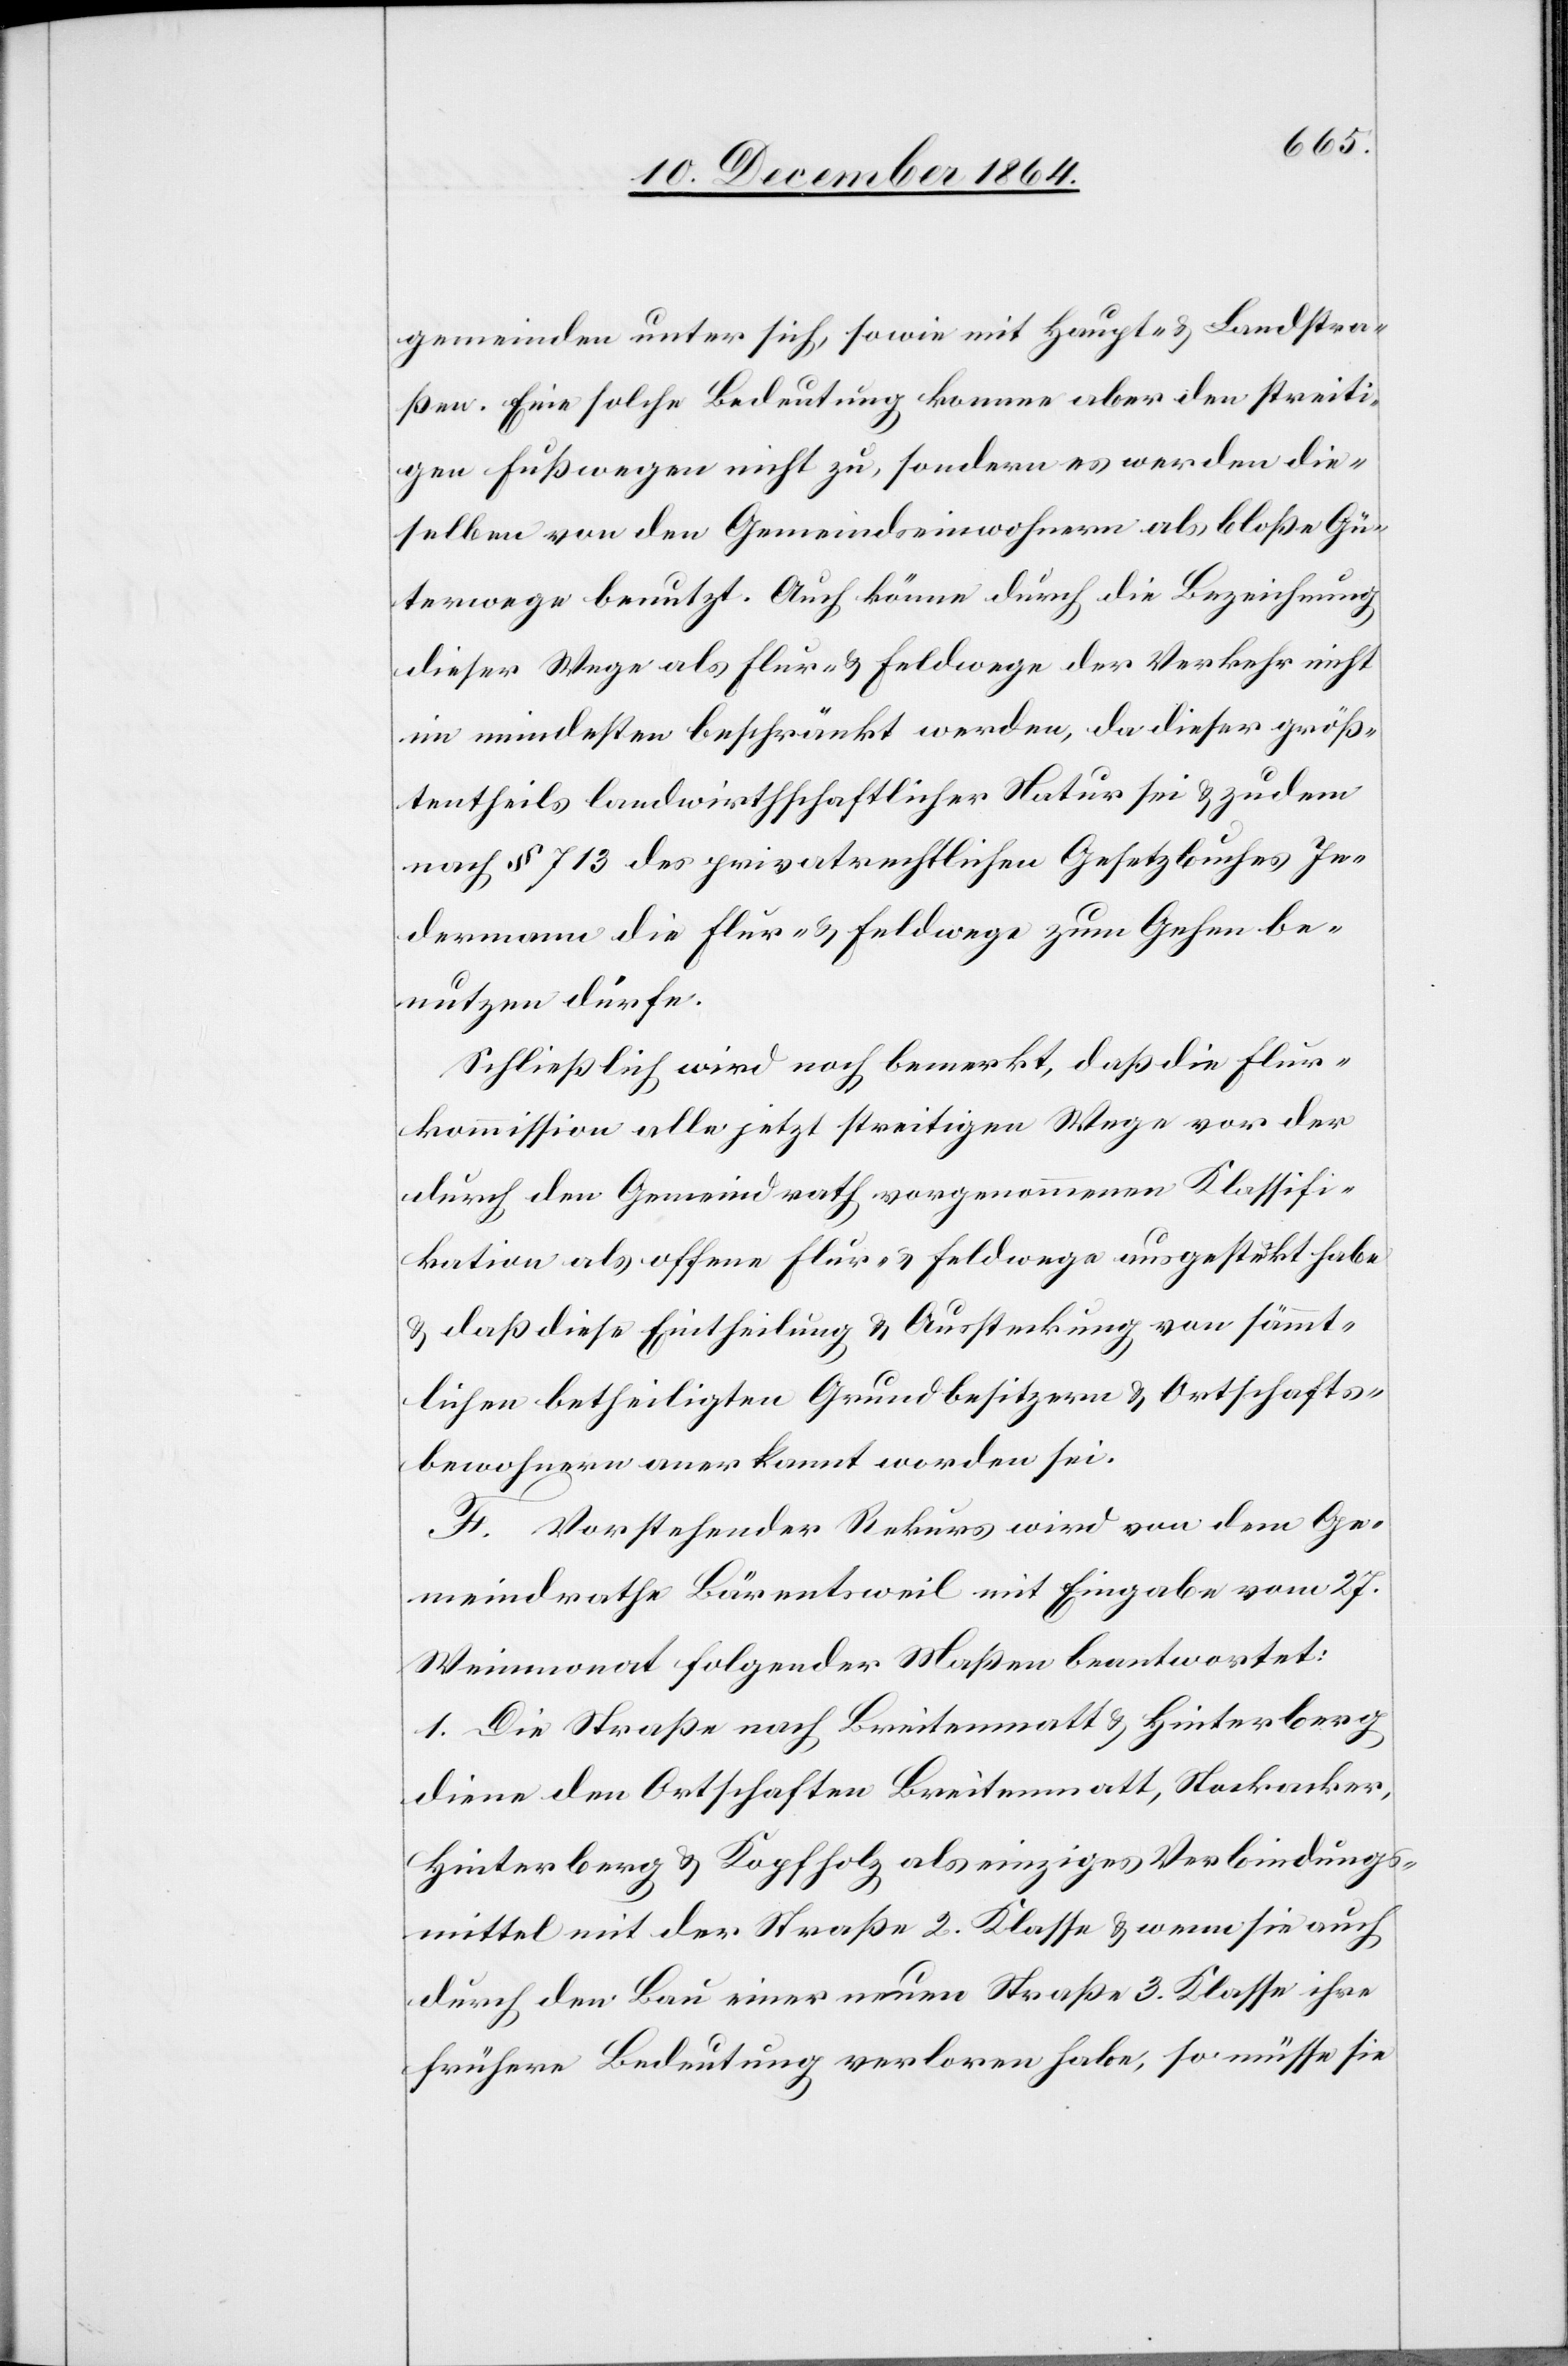
gemeinden unter sich, sowie mit Haupt- & Landstra¬
ßen. Eine solche Bedeutung komme aber den streiti¬
gen Fußwegen nicht zu, sondern es werden die¬
selben von den Gemeindseinwohnern als bloße Gü¬
terwege benutzt. Auch könne durch die Bezeichnung
dieser Wege als Flur- & Feldwege der Verkehr nicht
im mindesten beschränkt werden, da dieser größ¬
tentheils landwirthschaftlicher Natur sei & zudem
nach § 713 des privatrechtlichen Gesetzbuches Je¬
dermann die Flur- & Feldwege zum Gehen be¬
nutzen dürfe.
Schließlich wird noch bemerkt, daß die Flur¬
kommission alle jetzt streitigen Wege vor der
durch den Gemeindrath vorgenommenen Klassifi¬
kation als offene Flur- & Feldwege ausgesteckt habe
& daß diese Eintheilung & Aussteckung von sämmt¬
lichen betheiligten Grundbesitzern & Ortschafts¬
bewohnern anerkannt worden sei.
F. Vorstehender Rekurs wird von dem Ge¬
meindrathe Bärentsweil mit Eingabe vom 27.
Weinmonat folgender Maßen beantwortet:
1. Die Straße nach Breitenmatt & Hinterberg
diene den Ortschaften Breitenmatt, Stockacker,
Hinterberg & Kopfholz als einziges Verbindungs¬
mittel mit der Straße 2. Klasse & wenn sie auch
durch den Bau einer neuen Straße 3. Klasse ihre
frühere Bedeutung verloren habe, so müsse sie